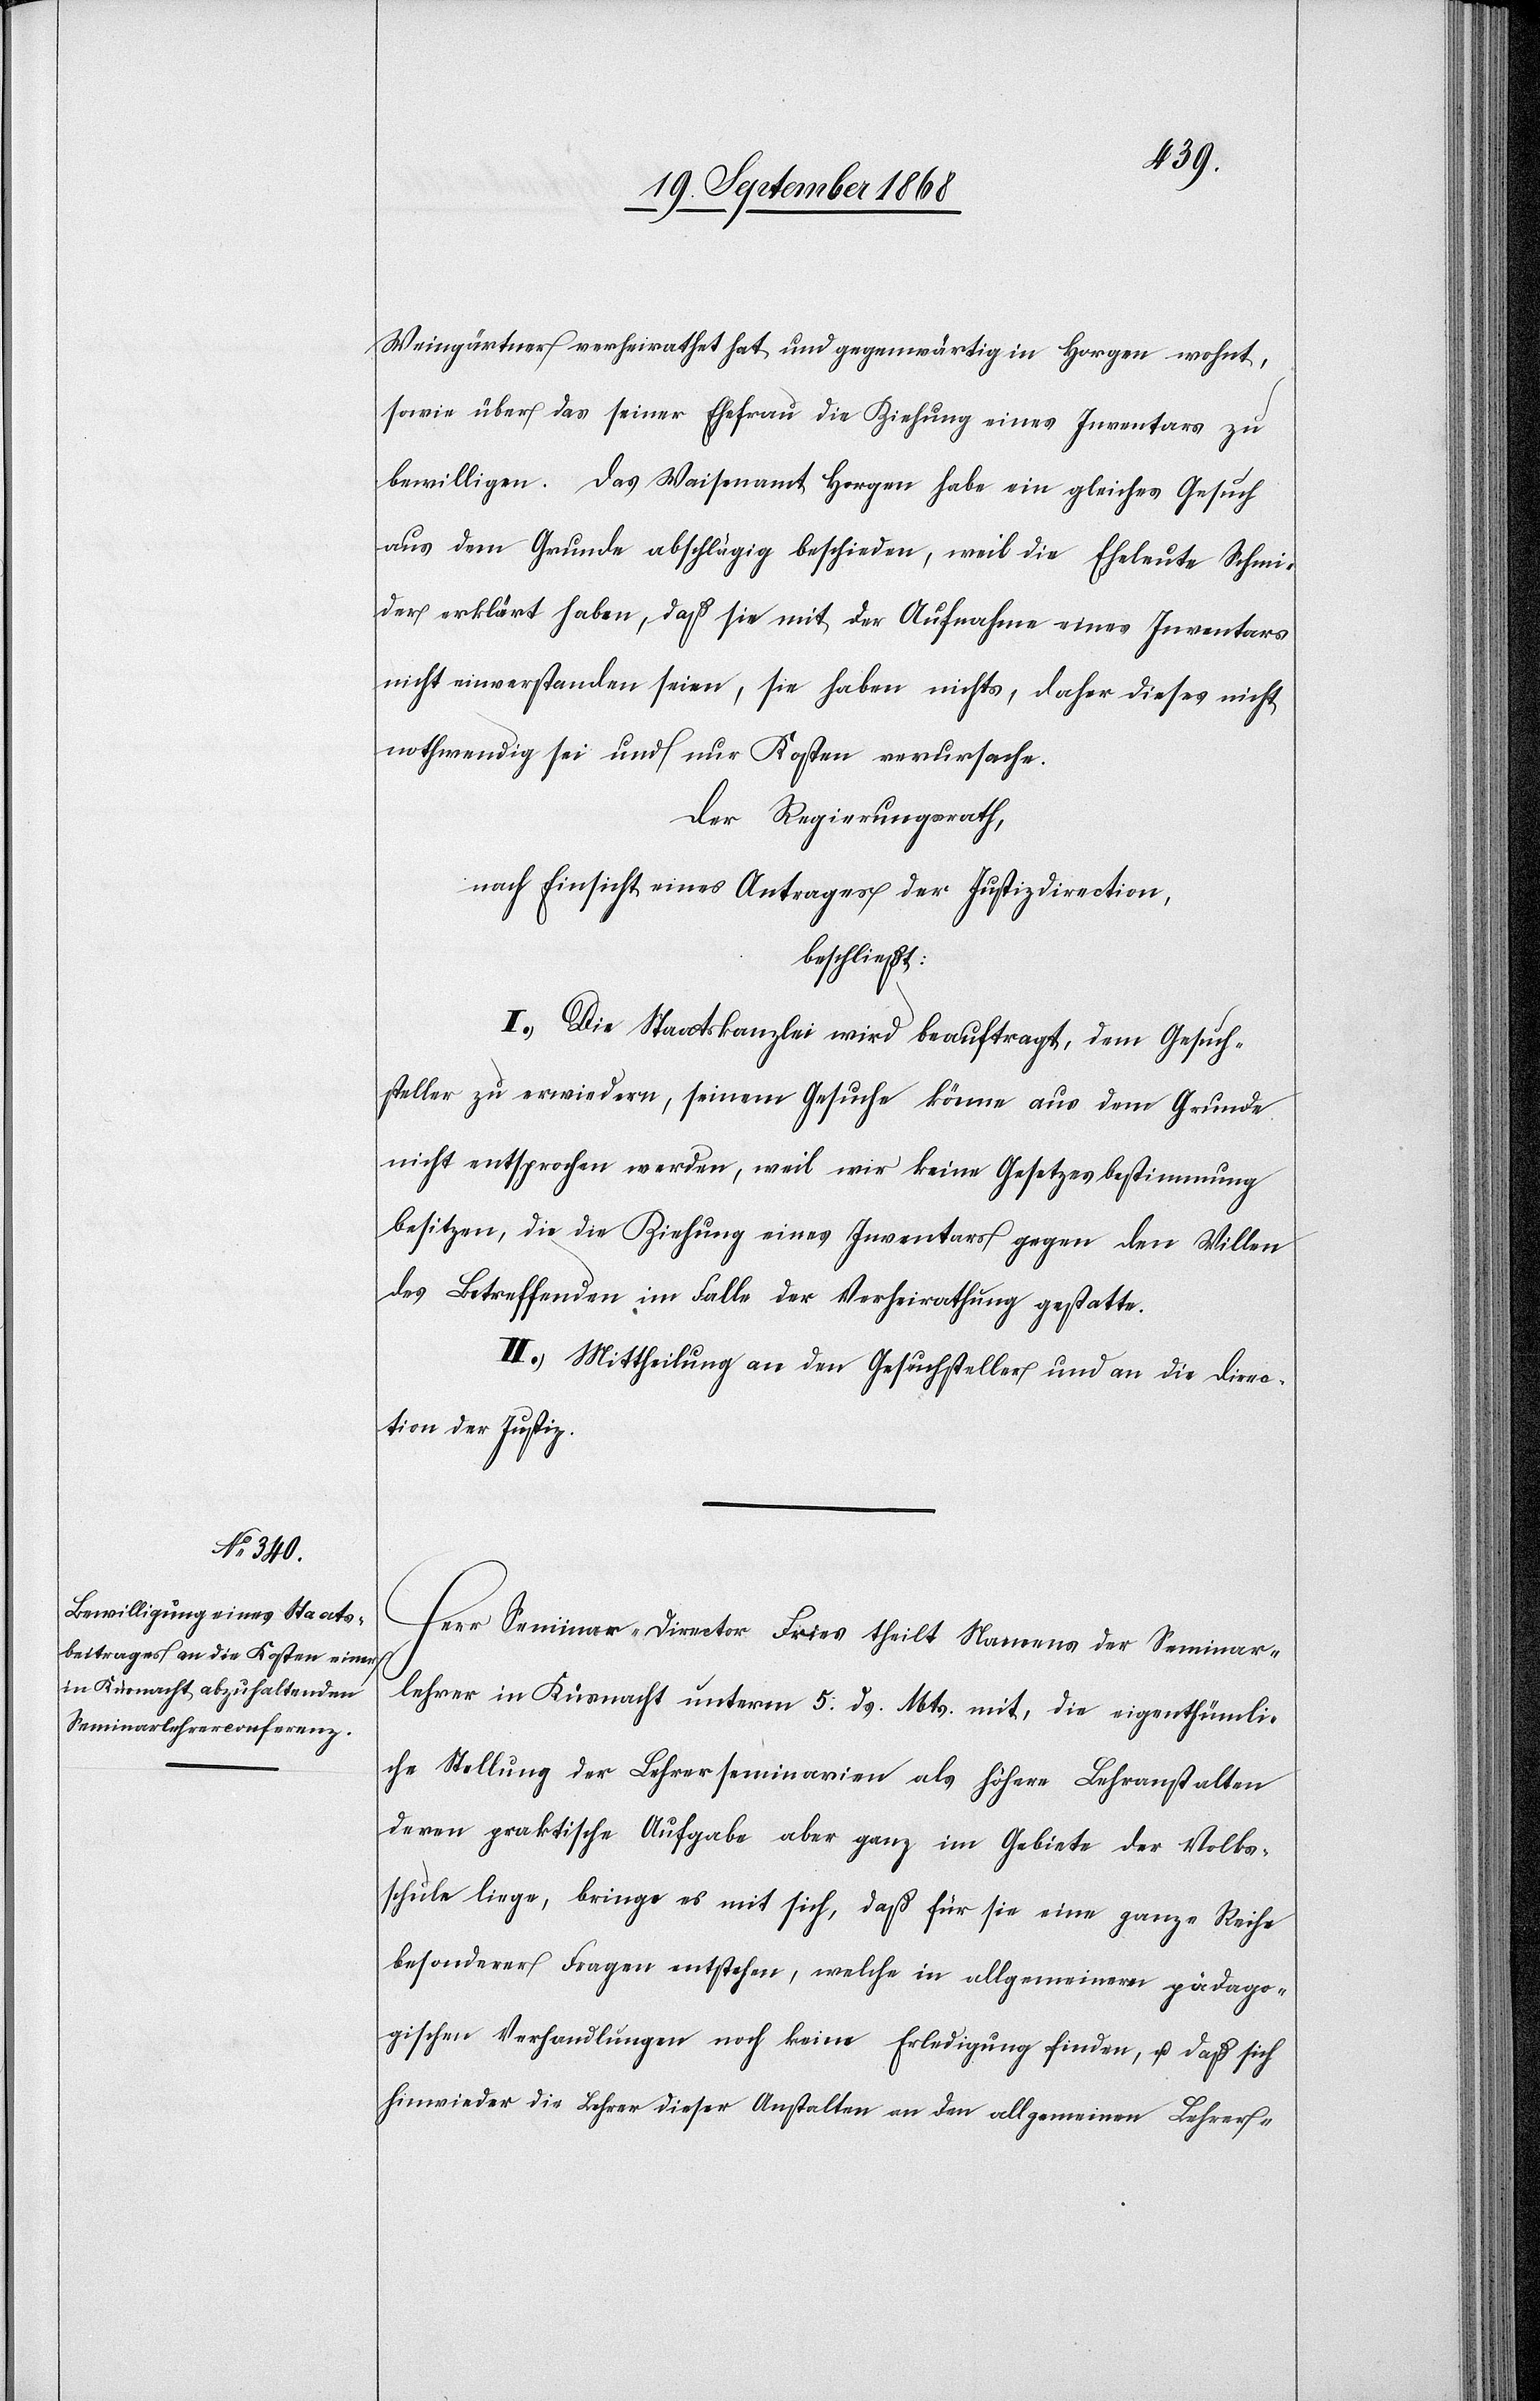
Weingärtner verheirathet hat und gegenwärtig in Horgen wohnt,
sowie über das seiner Ehefrau die Ziehung eines Inventars zu
bewilligen. Das Waisenamt Horgen habe ein gleiches Gesuch
aus dem Grunde abschlägig beschieden, weil die Eheleute Schmi¬
der erklärt haben, daß sie mit der Aufnahme eines Inventars
nicht einverstanden seien, sie haben nichts, daher dieses nicht
nothwendig sei und nur Kosten verursache.
Der Regierungsrath,
nach Einsicht eines Antrages der Justizdirection,
beschließt:
I.) Die Staatskanzlei wird beauftragt, dem Gesuch¬
steller zu erwiedern, seinem Gesuche könne aus dem Grunde
nicht entsprochen werden, weil wir keine Gesetzesbestimmung
besitzen, die die Ziehung eines Inventars gegen den Willen
des Betreffenden im Falle der Verheirathung gestatte.
II.) Mittheilung an den Gesuchsteller und an die Direc¬
tion der Justiz.
Herr Seminar-Director Fries theilt Namens der Seminar¬
lehrer in Küsnacht unterm 5: ds. Mts. mit, die eigenthümli¬
che Stellung der Lehrerseminarien als höhere Lehranstalten
deren praktische Aufgabe aber ganz im Gebiete der Volks¬
schule liege, bringe es mit sich, daß für sie eine ganze Reihe
besonderer Fragen entstehen, welche in allgemeineren pädago¬
gischen Verhandlungen noch keine Erledigung finden, u. daß sich
hinwieder die Lehrer dieser Anstalten an den allgemeinen Lehrer-